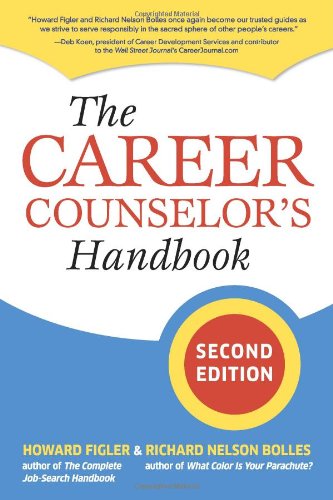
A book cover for The Career Counselor's Handbook; Howard Figler; Business & Money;